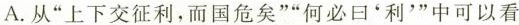
A.从”上下交征利，而国危矣””何必日'利'”中可以看